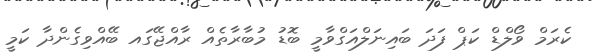
ކެރަމް ވޯލްޑް ކަޕް ފަދަ ބައިނަލްއަގްވާމީ ބޮޑު މުބާރާތެއް ރާއްޖޭގައ ބޭއްވިގެންދާ ކަމީ